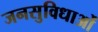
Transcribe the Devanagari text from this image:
जनसुविधाओं